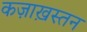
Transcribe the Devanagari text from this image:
कज़ाख़स्तन